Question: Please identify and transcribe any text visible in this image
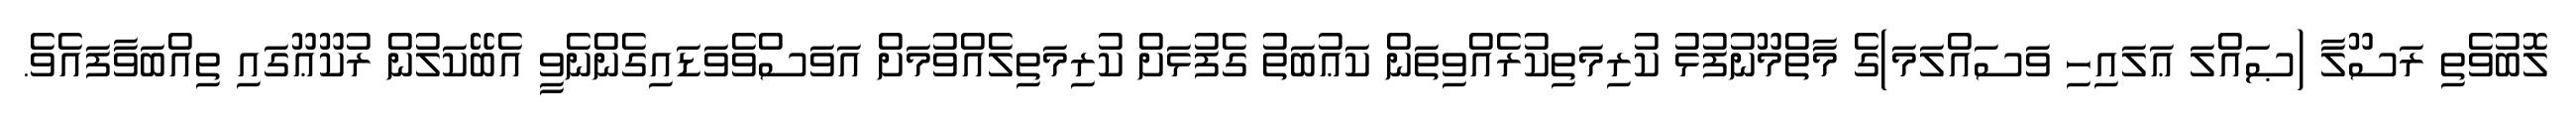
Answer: ލޮބުވެތި ރަސޫލާ (ޞައްލަ ޢަލައިހި ވަސައްލަމަ)ގެ މާތްމޫނުފުޅު ކުރިމަތިކުރެއްވިތަން ކަޢުބަތު ގެފުޅަށް ކުރިމަތިލެއްވުމަށް އަވަސްވެވަޑައިގެންނެވީ އެބޭކަލުން ރުކޫޢޫގައި ތިއްބަވާފައެވެ.